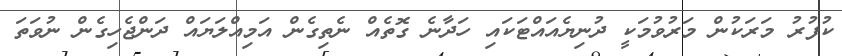
ކުފުރު މަރަކުން މަރުވުމަކީ ދުނިޔެއައްޓަކައި ހަދާނެ ގޮތެއް ނެތިގެން އަމިއްލަޔައް ދަންޖެހިގެން ނުވަތަ